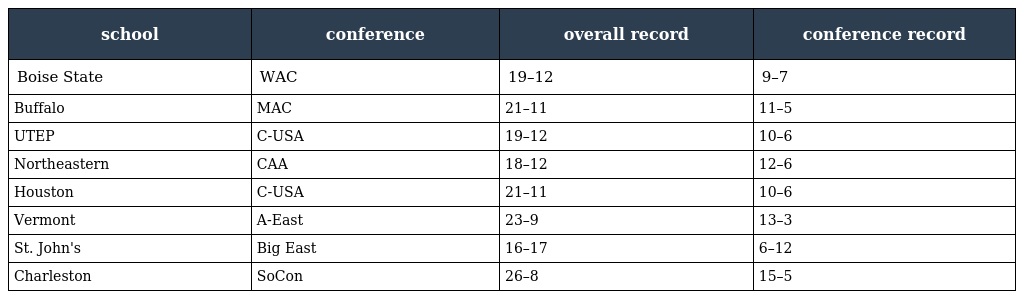
| school | conference | overall record | conference record |
 | --- | --- | --- | --- |
 | Boise State | WAC | 19–12 | 9–7 |
 | Buffalo | MAC | 21–11 | 11–5 |
 | UTEP | C-USA | 19–12 | 10–6 |
 | Northeastern | CAA | 18–12 | 12–6 |
 | Houston | C-USA | 21–11 | 10–6 |
 | Vermont | A-East | 23–9 | 13–3 |
 | St. John's | Big East | 16–17 | 6–12 |
 | Charleston | SoCon | 26–8 | 15–5 |